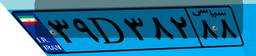
۸۹D۰۰۵۶۳